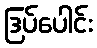
ဒြပ်ပေါင်း